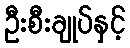
ဦးစီးချုပ်နှင့်